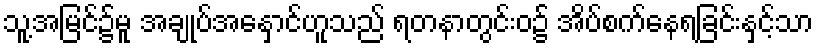
သူ့အမြင်၌မူ အချုပ်အနှောင်ဟူသည် ရတနာတွင်းဝ၌ အိပ်စက်နေရခြင်းနှင့်သာ